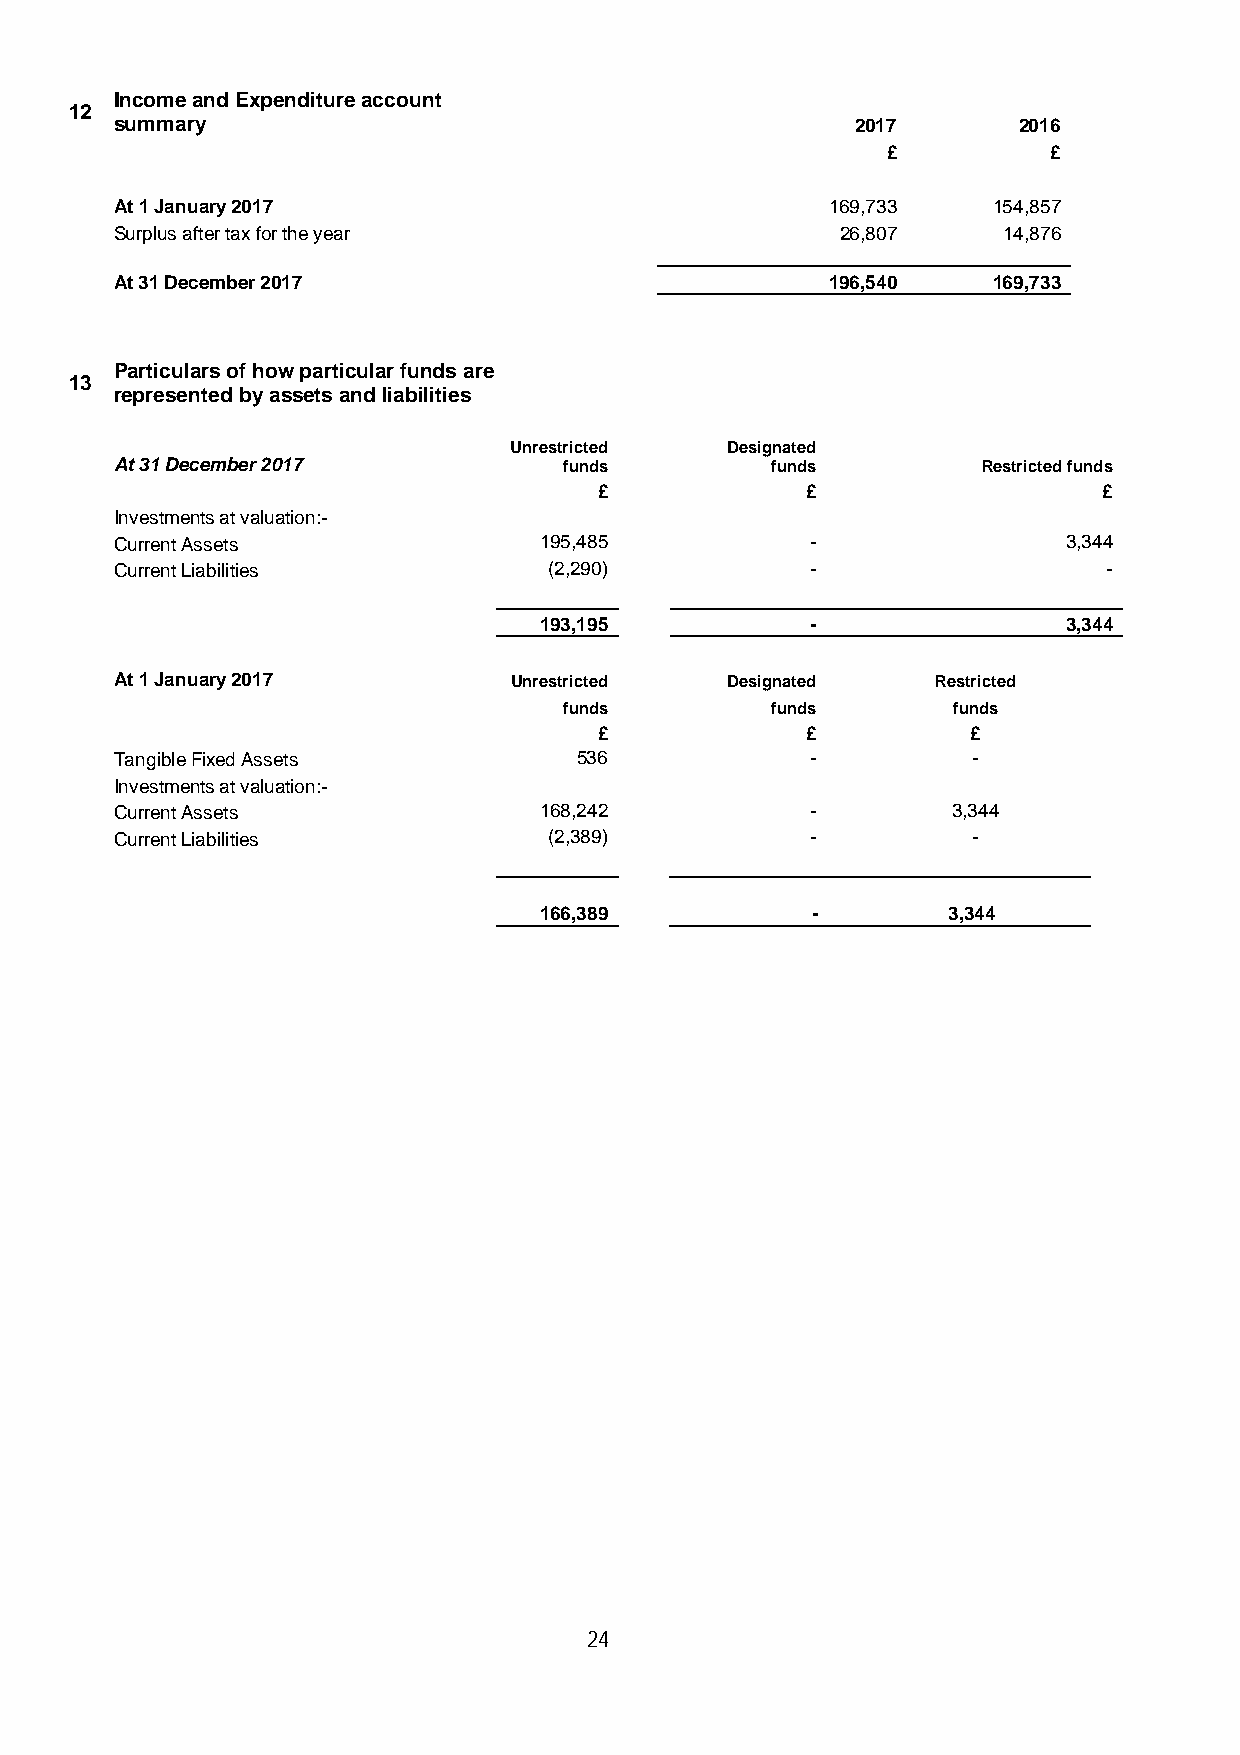
Income and Expenditure account
 12
 summary                                          2017      2016
 £          £
 At 1 January 2017                              169,733    154,857
 Surplus after tax for the year                  26,807    14,876
 At 31 December 2017                            196,540    169,733
 Particulars of how particular funds are
 13
 represented by assets and liabilities
 Unrestricted  Designated
 At 31 December 2017          funds         funds         Restricted funds
 £            £                   £
 Investments at valuation:-
 Current Assets              195,485           -                3,344
 Current Liabilities         (2,290)           -                  -
 193,195           -                3,344
 At 1 January 2017         Unrestricted  Designated    Restricted
 funds         funds       funds
 £            £          £
 Tangible Fixed Assets         536             -         -
 Investments at valuation:-
 Current Assets              168,242           -        3,344
 Current Liabilities         (2,389)           -         -
 166,389           -        3,344
 24